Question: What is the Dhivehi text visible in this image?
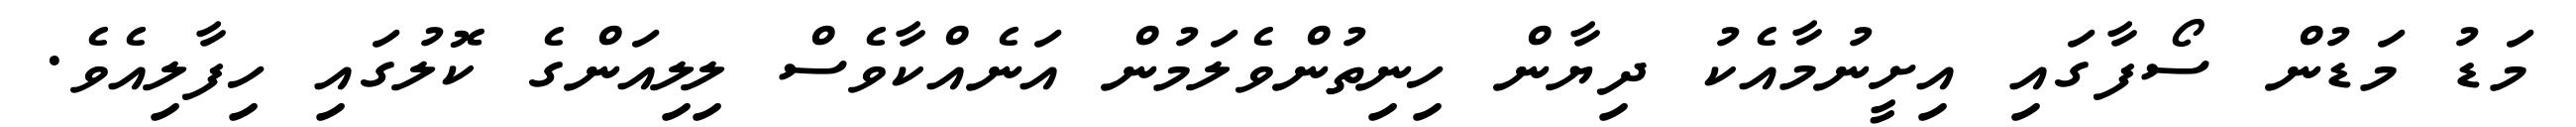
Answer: މަޑު މަޑުން ސޯފާގައި އިށީނުމާއެކު ދިޔާން ހިނިތުންވެލަމުން އަނެއްކާވެސް ލިލިއަންގެ ކޮލުގައި ހިފާލިއެވެ.